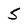
Character: 5